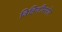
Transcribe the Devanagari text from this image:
विहिणींसमोर